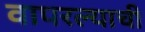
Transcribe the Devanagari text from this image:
वापरल्याची